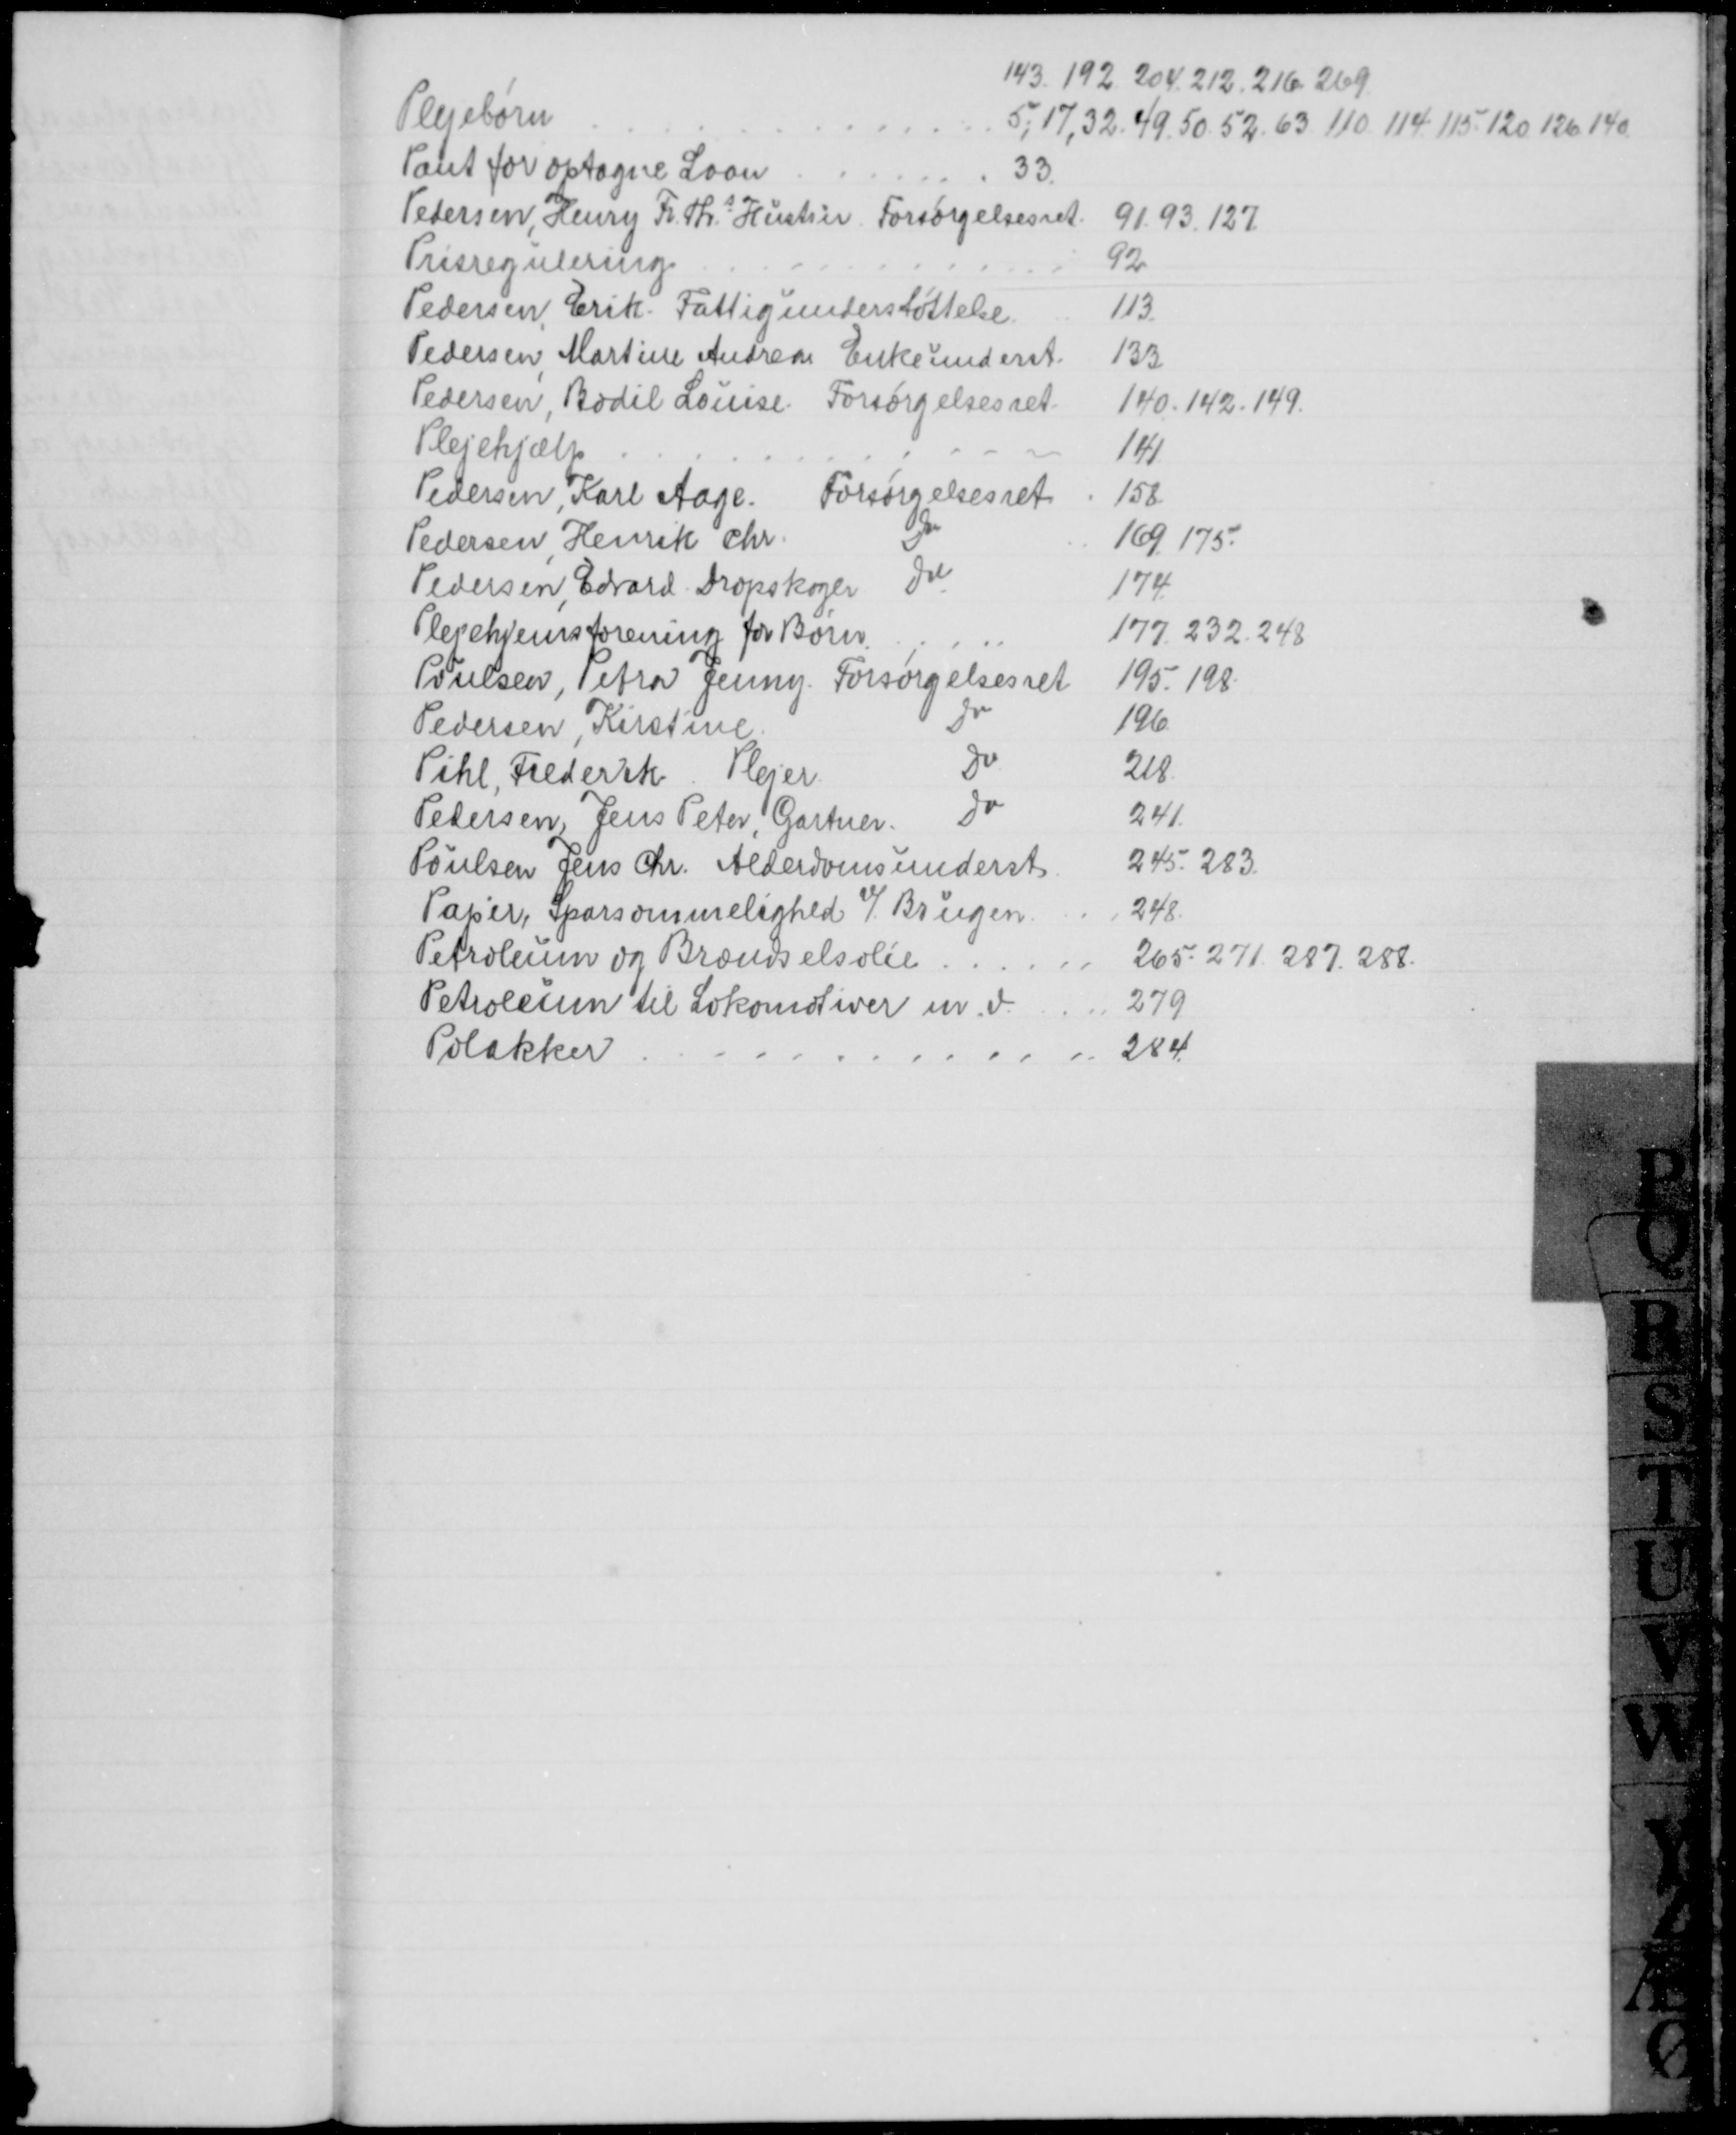
Transskription:
Plejebørn
143. 192. 204. 212. 216. 269
5, 17, 32. 49. 50. 52. 63. 110. 114. 115. 120. 126. 140.
Pant for optagne Laan
33.
Petersen, Henry Fr. Ths. Hustru Forsørgelsesret.
91. 93. 127
Prisregulering
92
Pedersen, Erik. Fattigunderstøttelse.
113
Pedersen, Martine Andrea Enkeunderst.
133
Pedersen, Bodil Louise. Forsørgelsesret.
140. 142. 149.
Plejehjælp
141
Pedersen, Karl Aage. Forsørgelsesret
158
Pedersen Henrik Chr.
Do
169. 175.
Pedersen, Edvard. Dropskoger
Do
174
Plejehjemsforening for Børn.
177. 232. 248
Poulsen, Petra Jenny. Forsørgelsesret
195. 198
Pedersen, Kirstine
Do
196
Pihl, Frederik. Plejer
Do
218
Petersen, Jens Peter, Gartner.
Do
241.
Poulsen Jens Chr. Alderdomsunderst
245. 283.
Papir, Sparsommelighed v/ Brugen
248.
Petroleum og Brændselsolie
265. 271. 287. 288.
Petroleum til Lokomotiver m. v.
279
Polakker
284